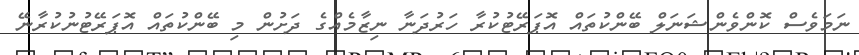
ނަމަވެސް ކޮންވެންޝަނަލް ބޭންކުތައް އޮޕަރޭޓުކުރާ ހަރުދަނާ ނިޒާމެއްގެ ދަށުން މި ބޭންކުތައް އޮޕަރޭޓުނުކުރާނޭ